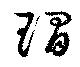
琩